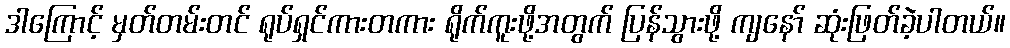
ဒါကြောင့် မှတ်တမ်းတင် ရုပ်ရှင်ကားတကား ရိုက်ကူးဖို့အတွက် ပြန်သွားဖို့ ကျနော် ဆုံးဖြတ်ခဲ့ပါတယ်။